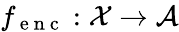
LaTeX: f_{\mathrm{~e~n~c~}}:\mathcal{X}\xrightarrow{}\mathcal{A}